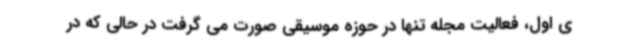
ی اول، فعالیت مجله تنها در حوزه موسیقی صورت می گرفت در حالی که در